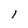
Character: 1